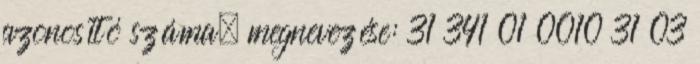
azonosító száma, megnevezése: 31 341 01 0010 31 03